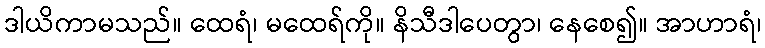
ဒါယိကာမသည်။ ထေရံ၊ မထေရ်ကို။ နိသီဒါပေတွာ၊ နေစေ၍။ အာဟာရံ၊